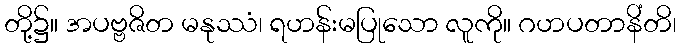
တို့၌။ အပဗ္ဗဇိတ မနုဿံ၊ ရဟန်းမပြုသော လူကို။ ဂဟပတာနိံတိ၊